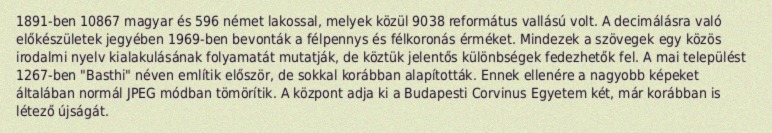
1891-ben 10867 magyar és 596 német lakossal, melyek közül 9038 református vallású volt. A decimálásra való előkészületek jegyében 1969-ben bevonták a félpennys és félkoronás érméket. Mindezek a szövegek egy közös irodalmi nyelv kialakulásának folyamatát mutatják, de köztük jelentős különbségek fedezhetők fel. A mai települést 1267-ben "Basthi" néven említik először, de sokkal korábban alapították. Ennek ellenére a nagyobb képeket általában normál JPEG módban tömörítik. A központ adja ki a Budapesti Corvinus Egyetem két, már korábban is létező újságát.